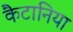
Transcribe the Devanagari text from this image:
कैटानिया